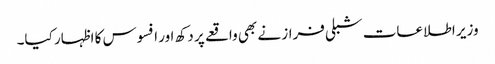
وزیر اطلاعات شبلی فراز نے بھی واقعے پر دکھ اور افسوس کا اظہار کیا۔